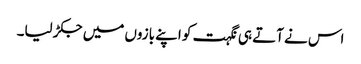
اس نے آتے ہی نگہت کو اپنے بازوں میں جکڑ لیا۔